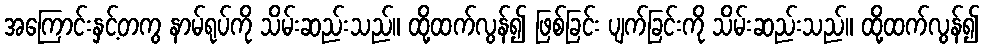
အကြောင်းနှင့်တကွ နာမ်ရုပ်ကို သိမ်းဆည်းသည်။ ထို့ထက်လွန်၍ ဖြစ်ခြင်း ပျက်ခြင်းကို သိမ်းဆည်းသည်။ ထို့ထက်လွန်၍